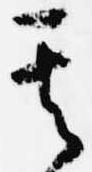
其